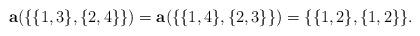
LaTeX: \begin{align*}{\bf a}(\{\{1,3\},\{2,4\}\})={\bf a}(\{\{1,4\},\{2,3\}\})=\{\{1,2\},\{1,2\}\}.\end{align*}